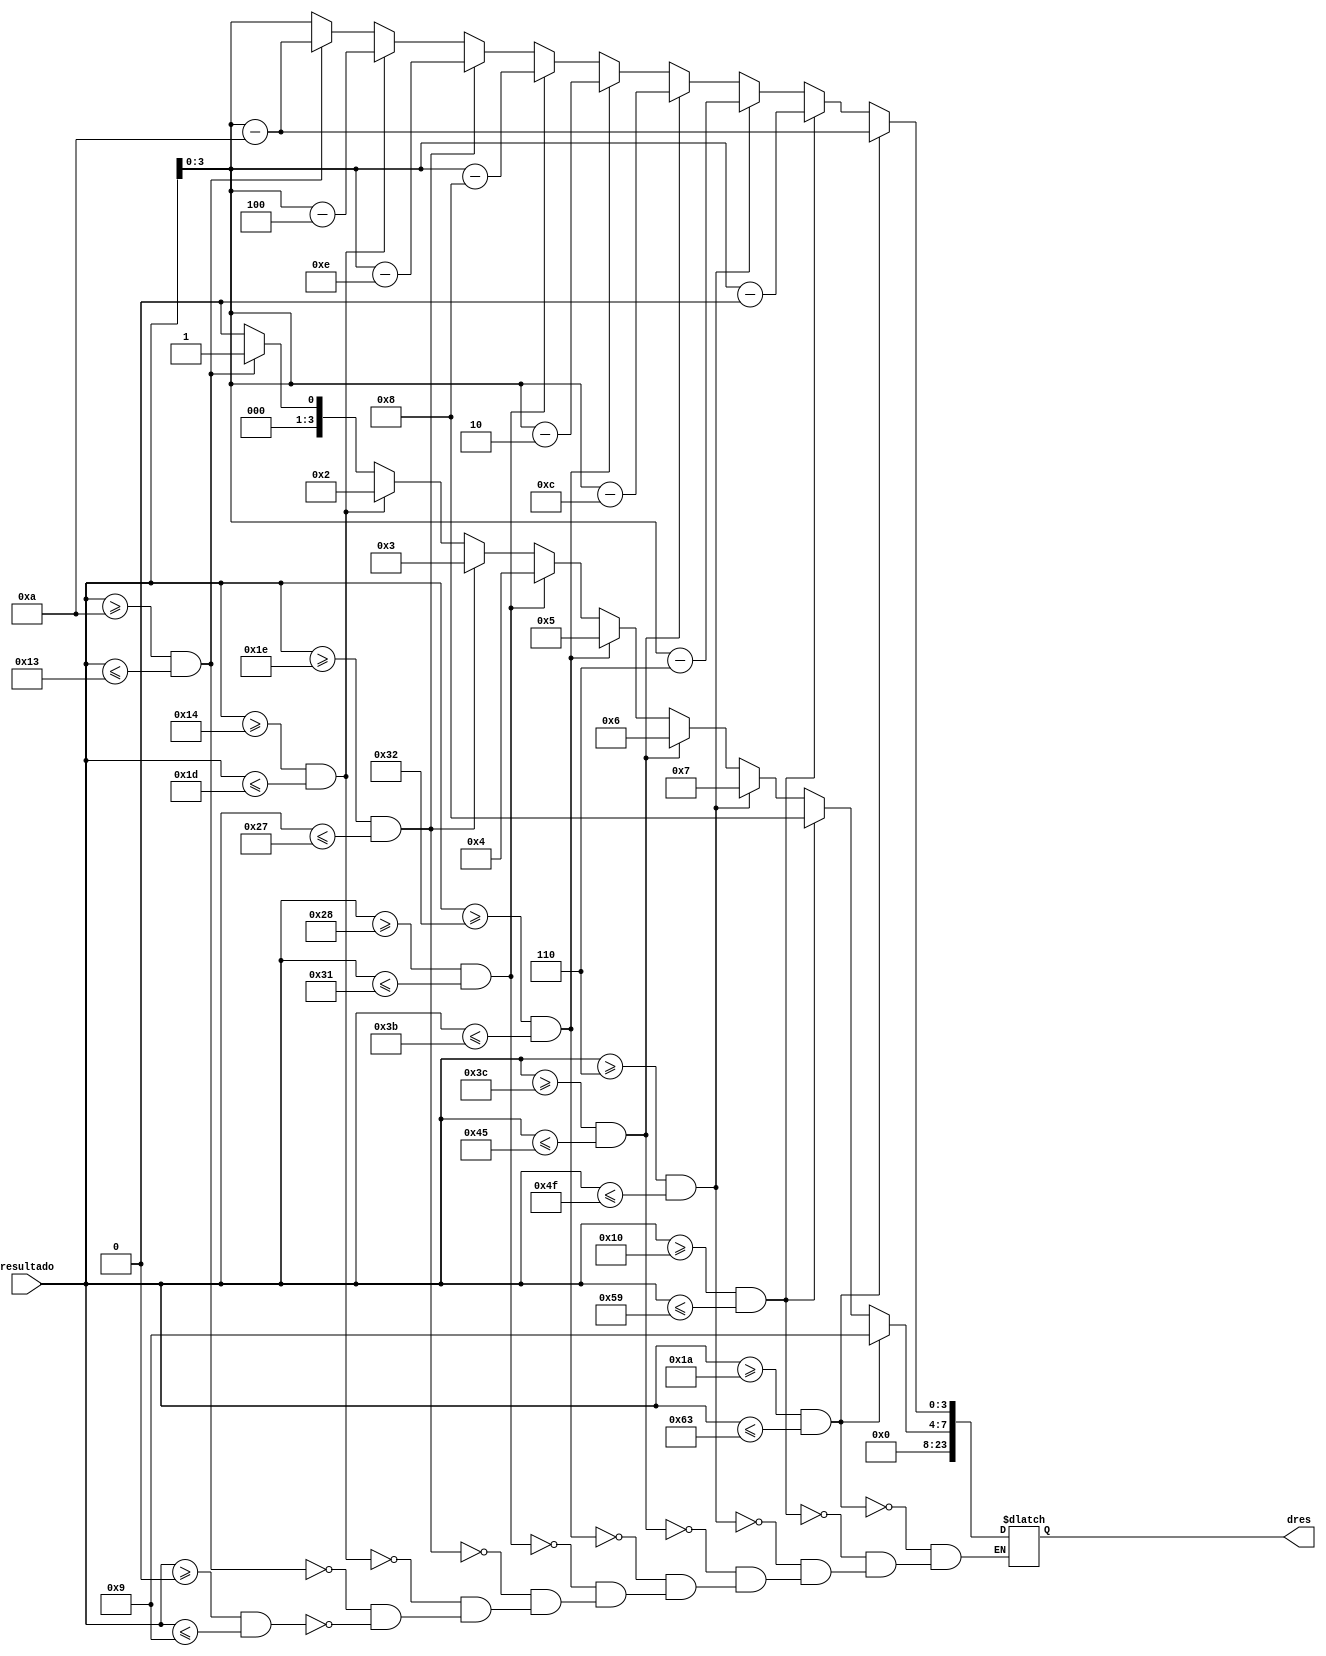
module Digitos_result (resultado, dres);
	input [19:0] resultado;
	output reg [23:0] dres;
	
	always @(*)begin
		if (resultado >= 1'd0 && resultado <= 4'd9)begin
			dres[3:0] = resultado[3:0];
			dres[7:4] = 'd0;
			dres[11:8] = 'd0;
			dres[15:12] = 'd0;
			dres[19:16] = 'd0;
			dres[23:20] = 'd0;
		end

		if (resultado >= 'd10 && resultado <= 'd19)begin
			dres[3:0] = resultado - 'd10;
			dres[7:4] = 'd1;
			dres[11:8] = 'd0;
			dres[15:12] = 'd0;
			dres[19:16] = 'd0;
			dres[23:20] = 'd0;
		end 

		if (resultado >= 5'd20 && resultado <= 5'd29) begin 
			dres[3:0] = resultado - 'd20;
			dres[7:4] = 'd2;
			dres[11:8] = 'd0;
			dres[15:12] = 'd0;
			dres[19:16] = 'd0;
			dres[23:20] = 'd0;
		end

		if (resultado >= 5'd30 && resultado <= 6'd39) begin
			dres[3:0] = resultado - 'd30;
			dres[7:4] = 'd3;
			dres[11:8] = 'd0;
			dres[15:12] = 'd0;
			dres[19:16] = 'd0;
			dres[23:20] = 'd0;
		end

		if (resultado >= 6'd40 && resultado <= 6'd49) begin
			dres[3:0] = resultado - 'd40;
			dres[7:4] = 'd4;
			dres[11:8] = 'd0;
			dres[15:12] = 'd0;
			dres[19:16] = 'd0;
			dres[23:20] = 'd0;	
		end

		if (resultado >= 6'd50 && resultado <= 6'd59) begin
			dres[3:0] = resultado - 'd50;
			dres[7:4] = 'd5;
			dres[11:8] = 'd0;
			dres[15:12] = 'd0;
			dres[19:16] = 'd0;
			dres[23:20] = 'd0;
		end

		if (resultado >= 6'd60 && resultado <= 7'd69) begin
			dres[3:0] = resultado - 'd60;
			dres[7:4] = 'd6;
			dres[11:8] = 'd0;
			dres[15:12] = 'd0;
			dres[19:16] = 'd0;
			dres[23:20] = 'd0;	
		end
		
		if (resultado >= 6'd70 && resultado <= 7'd79) begin
			dres[3:0] = resultado - 'd70;
			dres[7:4] = 'd7;
			dres[11:8] = 'd0;
			dres[15:12] = 'd0;
			dres[19:16] = 'd0;
			dres[23:20] = 'd0;	
		end
		
		if (resultado >= 6'd80 && resultado <= 7'd89) begin
			dres[3:0] = resultado - 'd80;
			dres[7:4] = 'd8;
			dres[11:8] = 'd0;
			dres[15:12] = 'd0;
			dres[19:16] = 'd0;
			dres[23:20] = 'd0;	
		end
		
		if (resultado >= 6'd90 && resultado <= 7'd99) begin
			dres[3:0] = resultado - 'd90;
			dres[7:4] = 'd9;
			dres[11:8] = 'd0;
			dres[15:12] = 'd0;
			dres[19:16] = 'd0;
			dres[23:20] = 'd0;	
		end
		
	end
endmodule